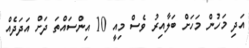
އަދި މަހުން މަހަށް ބަލާއިރު ވެސް މިއީ 10 އިންސައްތަ ދަށް އަދަދެއް